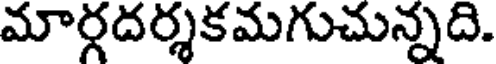
మార్గదర్శకమగుచున్నది.